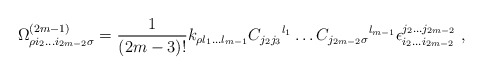
\begin{align*}\Omega ^{(2m-1)}_{\rho i_2 \ldots i_{2m-2} \sigma}={1\over (2m-3)!}k_{\rho l_1 \ldots l_{m-1}} {C_{j_2 j_3}} ^{l_1} \ldots {C_{j_{2m-2}\sigma}} ^{l_{m-1}} \epsilon ^{j_2 \ldots j_{2m-2}}_{i_2 \ldots i_{2m-2}}\, \, ,\end{align*}